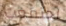
اجتمعت